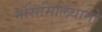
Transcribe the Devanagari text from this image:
मसिमिलियानो